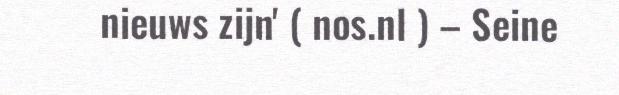
nieuws zijn' ( nos.nl ) – Seine